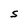
Character: S